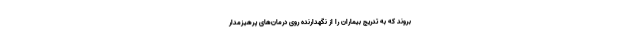
بروند که به تدریج بیماران را از نگهدارنده روی درمان‌های پرهیزمدار